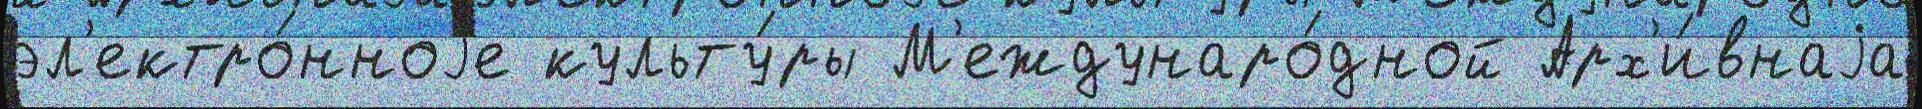
эл'ектро́нноjе культу́ры М'еждунаро́дной Арх'и́внаjа